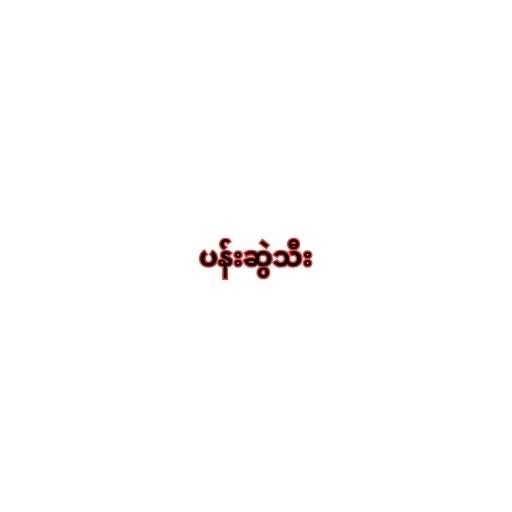
ပန်းဆွဲသီး